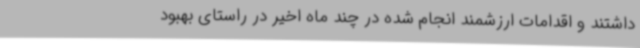
داشتند و اقدامات ارزشمند انجام شده در چند ماه اخیر در راستای بهبود